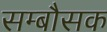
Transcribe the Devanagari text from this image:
सम्बौसक